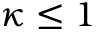
\kappa \leq 1